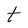
Character: t